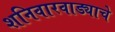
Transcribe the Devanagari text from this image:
शनिवारवाड्याचे